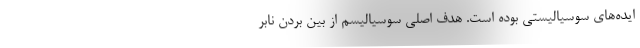
ایده‌های سوسیالیستی بوده است. هدف اصلی سوسیالیسم از بین بردن نابر